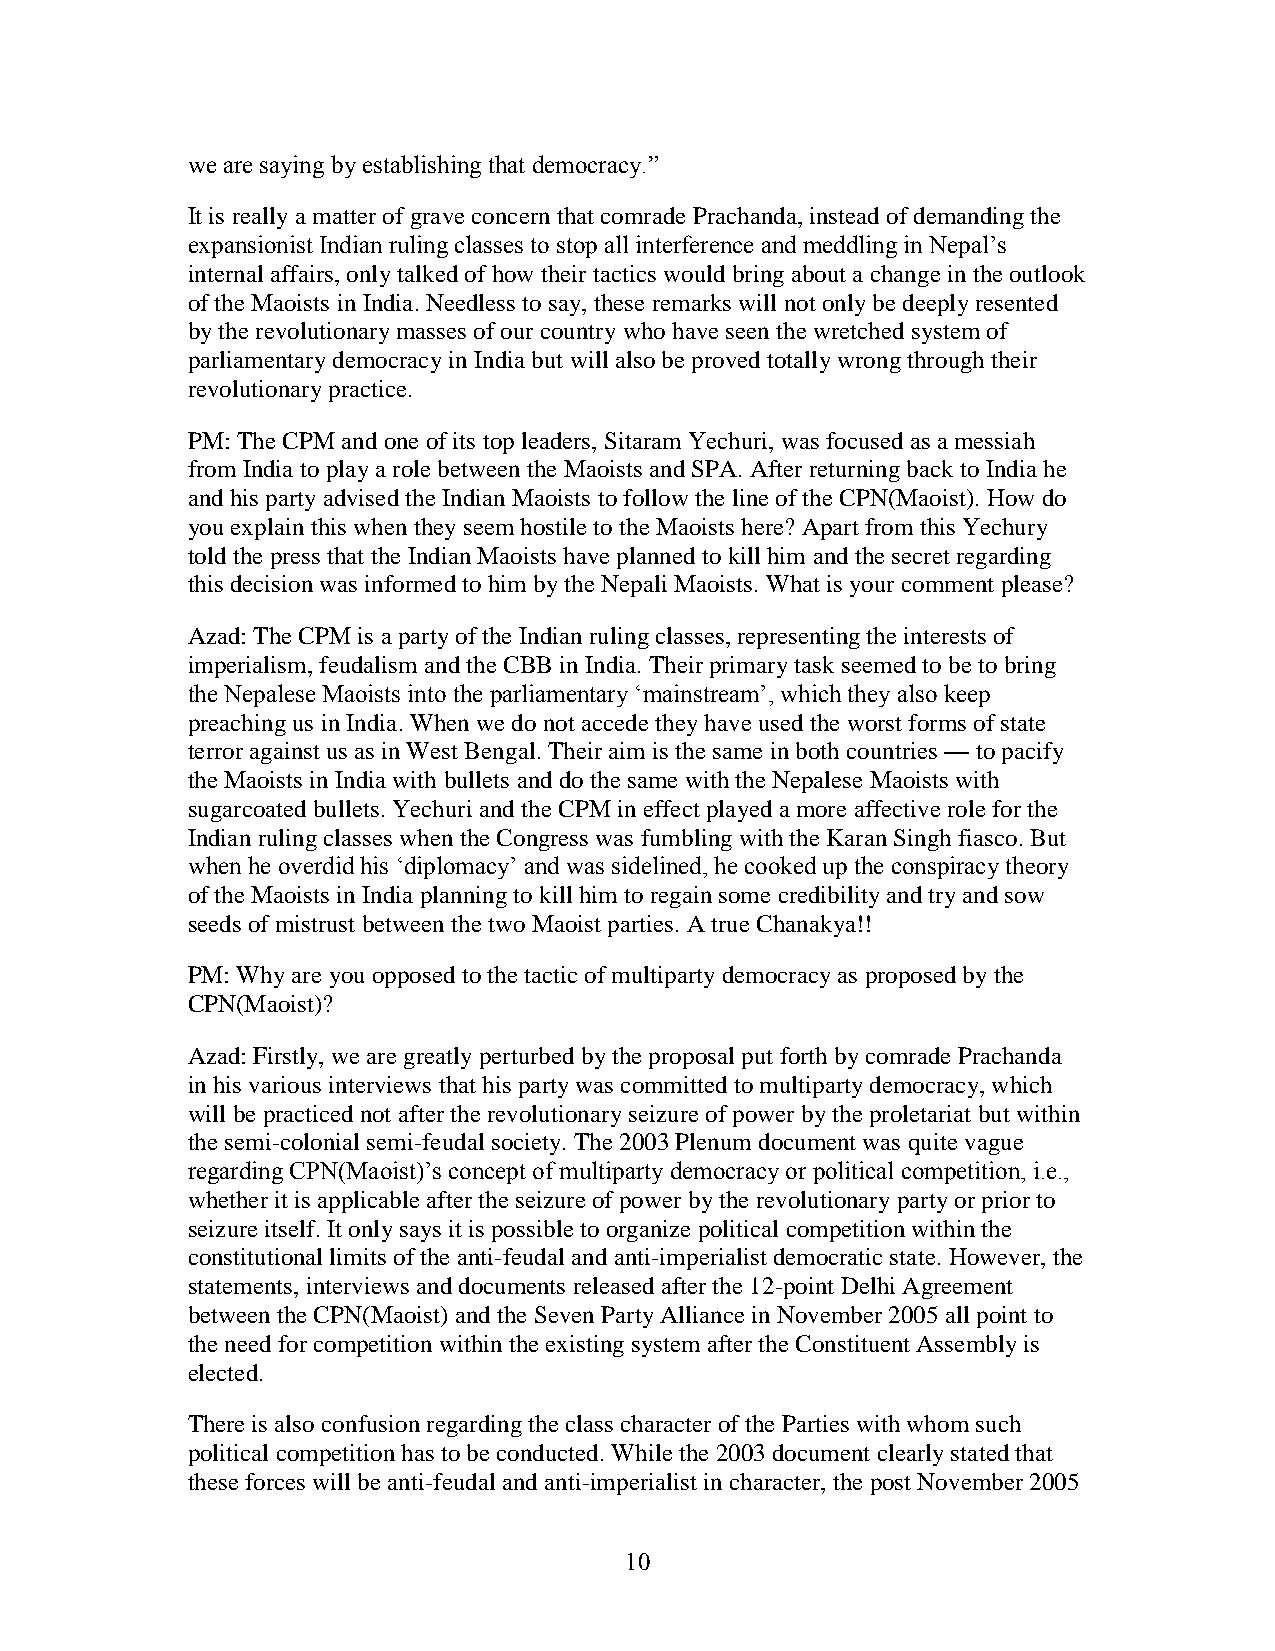
we are saying by establishing that democracy.‖
 It is really a matter of grave concern that comrade Prachanda, instead of demanding the
 expansionist Indian ruling classes to stop all interference and meddling in Nepal‘s
 internal affairs, only talked of how their tactics would bring about a change in the outlook
 of the Maoists in India. Needless to say, these remarks will not only be deeply resented
 by the revolutionary masses of our country who have seen the wretched system of
 parliamentary democracy in India but will also be proved totally wrong through their
 revolutionary practice.
 PM: The CPM and one of its top leaders, Sitaram Yechuri, was focused as a messiah
 from India to play a role between the Maoists and SPA. After returning back to India he
 and his party advised the Indian Maoists to follow the line of the CPN(Maoist). How do
 you explain this when they seem hostile to the Maoists here? Apart from this Yechury
 told the press that the Indian Maoists have planned to kill him and the secret regarding
 this decision was informed to him by the Nepali Maoists. What is your comment please?
 Azad: The CPM is a party of the Indian ruling classes, representing the interests of
 imperialism, feudalism and the CBB in India. Their primary task seemed to be to bring
 the Nepalese Maoists into the parliamentary ‗mainstream‘, which they also keep
 preaching us in India. When we do not accede they have used the worst forms of state
 terror against us as in West Bengal. Their aim is the same in both countries — to pacify
 the Maoists in India with bullets and do the same with the Nepalese Maoists with
 sugarcoated bullets. Yechuri and the CPM in effect played a more affective role for the
 Indian ruling classes when the Congress was fumbling with the Karan Singh fiasco. But
 when he overdid his ‗diplomacy‘ and was sidelined, he cooked up the conspiracy theory
 of the Maoists in India planning to kill him to regain some credibility and try and sow
 seeds of mistrust between the two Maoist parties. A true Chanakya!!
 PM: Why are you opposed to the tactic of multiparty democracy as proposed by the
 CPN(Maoist)?
 Azad: Firstly, we are greatly perturbed by the proposal put forth by comrade Prachanda
 in his various interviews that his party was committed to multiparty democracy, which
 will be practiced not after the revolutionary seizure of power by the proletariat but within
 the semi-colonial semi-feudal society. The 2003 Plenum document was quite vague
 regarding CPN(Maoist)‘s concept of multiparty democracy or political competition, i.e.,
 whether it is applicable after the seizure of power by the revolutionary party or prior to
 seizure itself. It only says it is possible to organize political competition within the
 constitutional limits of the anti-feudal and anti-imperialist democratic state. However, the
 statements, interviews and documents released after the 12-point Delhi Agreement
 between the CPN(Maoist) and the Seven Party Alliance in November 2005 all point to
 the need for competition within the existing system after the Constituent Assembly is
 elected.
 There is also confusion regarding the class character of the Parties with whom such
 political competition has to be conducted. While the 2003 document clearly stated that
 these forces will be anti-feudal and anti-imperialist in character, the post November 2005
 10